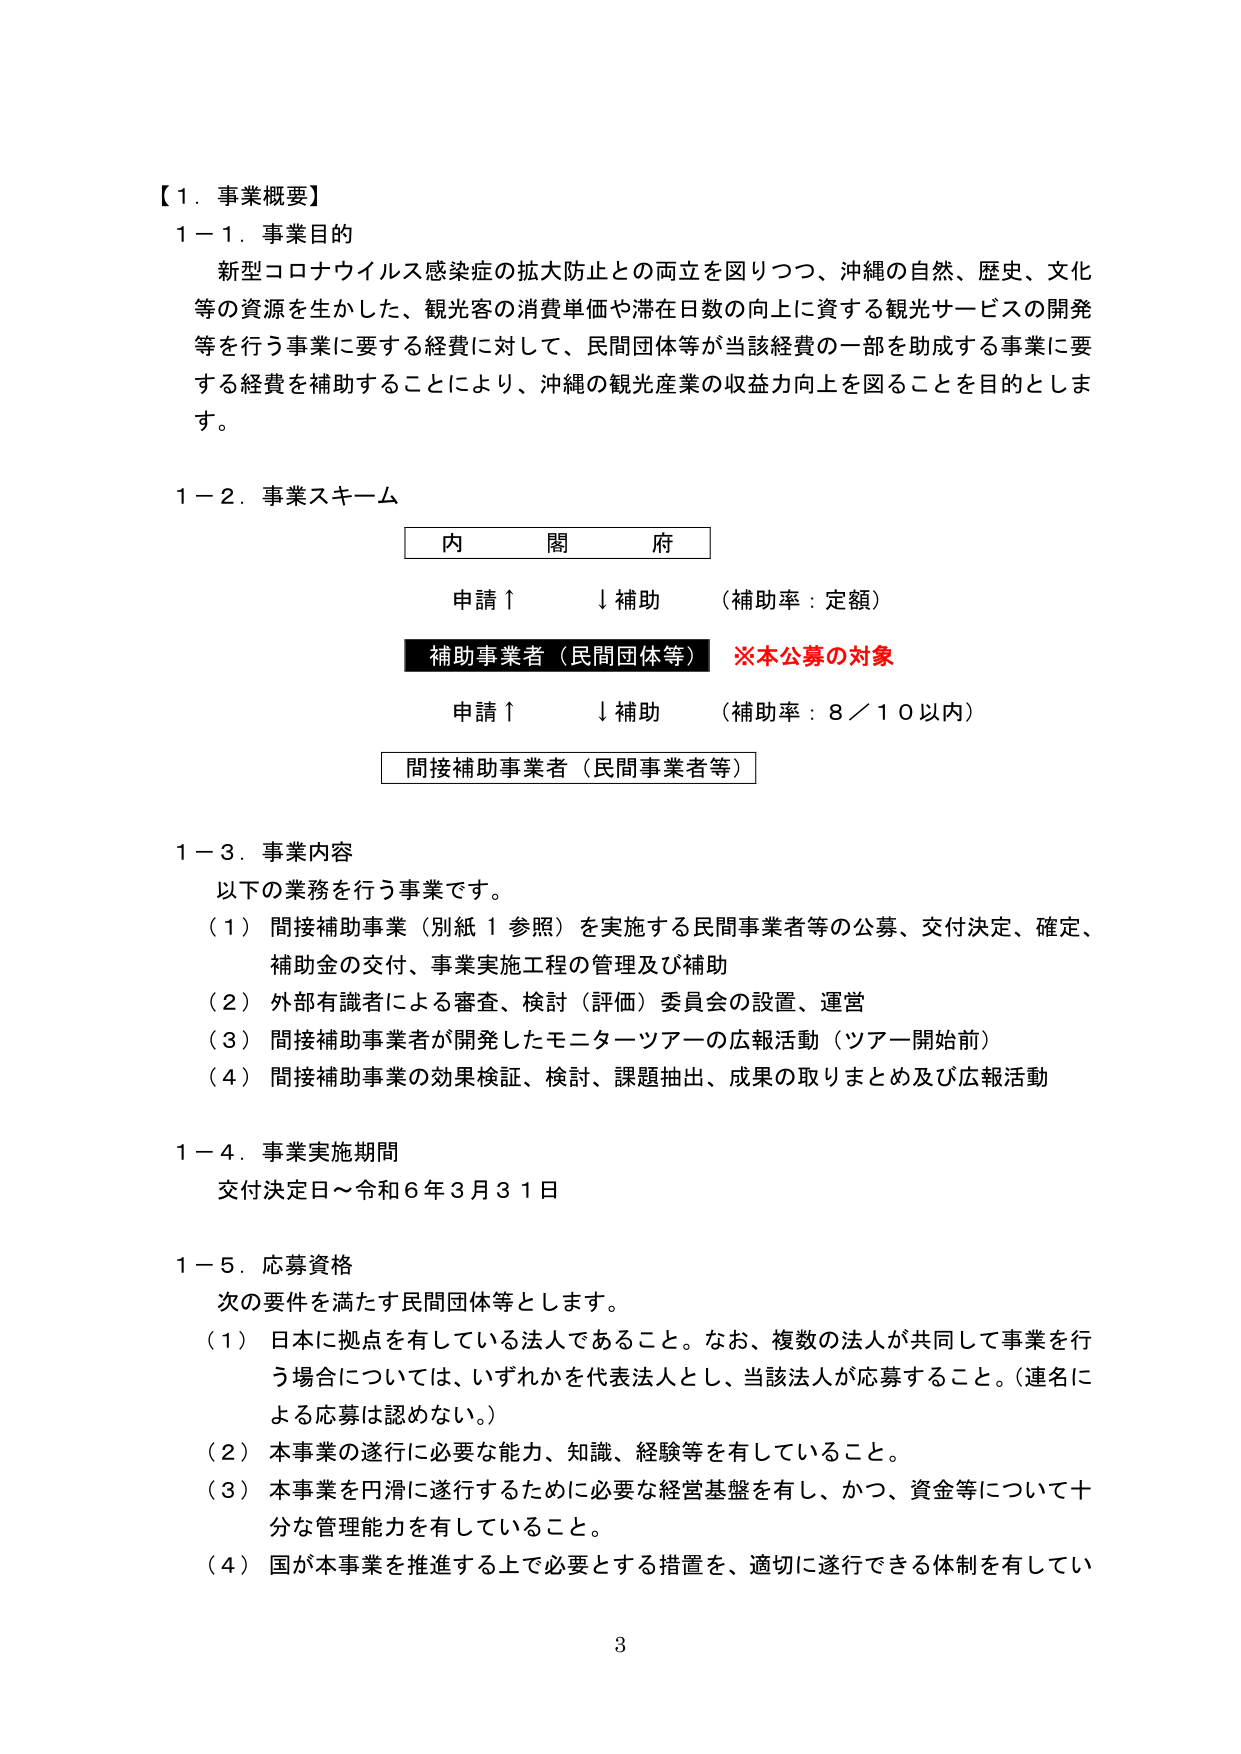
【１．事業概要】
１－１．事業目的
新型コロナウイルス感染症の拡大防止との両立を図りつつ、沖縄の自然、歴史、文化等の資源を生かした、観光客の消費単価や滞在日数の向上に資する観光サービスの開発等を行う事業に要する経費に対して、民間団体等が当該経費の一部を助成する事業に要する経費を補助することにより、沖縄の観光産業の収益力向上を図ることを目的とします。

１－２．事業スキーム
内　閣　府
申請↑　↓補助　（補助率：定額）
補助事業者（民間団体等）　※本公募の対象
申請↑　↓補助　（補助率：８／１０以内）
間接補助事業者（民間事業者等）

１－３．事業内容
以下の業務を行う事業です。
（１）間接補助事業（別紙１参照）を実施する民間事業者等の公募、交付決定、確定、補助金の交付、事業実施工程の管理及び補助
（２）外部有識者による審査、検討（評価）委員会の設置、運営
（３）間接補助事業者が開発したモニターツアーの広報活動（ツアー開始前）
（４）間接補助事業の効果検証、検討、課題抽出、成果の取りまとめ及び広報活動

１－４．事業実施期間
交付決定日～令和６年３月３１日

１－５．応募資格
次の要件を満たす民間団体等とします。
（１）日本に拠点を有している法人であること。なお、複数の法人が共同して事業を行う場合については、いずれかを代表法人とし、当該法人が応募すること。（連名による応募は認めない。）
（２）本事業の遂行に必要な能力、知識、経験等を有していること。
（３）本事業を円滑に遂行するために必要な経営基盤を有し、かつ、資金等について十分な管理能力を有していること。
（４）国が本事業を推進する上で必要とする措置を、適切に遂行できる体制を有してい

3